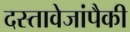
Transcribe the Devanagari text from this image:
दस्तावेजांपैकी